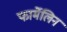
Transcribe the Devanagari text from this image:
फार्मेलिन